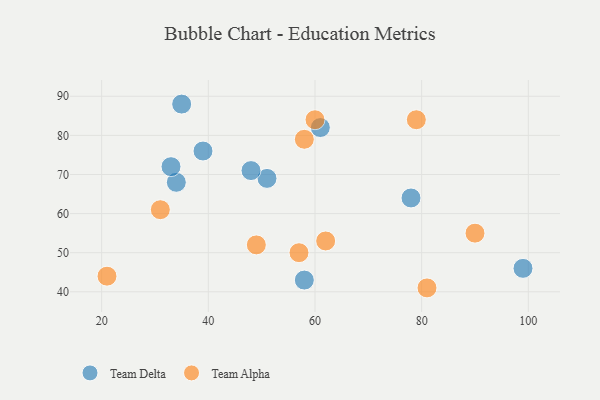
{"axis": {"x": "GDP", "y": "Life Expectancy"}, "legend": ["Team Alpha", "Team Delta"], "data": [{"x": "39", "y": 76, "type": "Team Delta"}, {"x": "34", "y": 68, "type": "Team Delta"}, {"x": "78", "y": 64, "type": "Team Delta"}, {"x": "58", "y": 43, "type": "Team Delta"}, {"x": "51", "y": 69, "type": "Team Delta"}, {"x": "99", "y": 46, "type": "Team Delta"}, {"x": "33", "y": 72, "type": "Team Delta"}, {"x": "35", "y": 88, "type": "Team Delta"}, {"x": "48", "y": 71, "type": "Team Delta"}, {"x": "61", "y": 82, "type": "Team Delta"}, {"x": "79", "y": 84, "type": "Team Alpha"}, {"x": "58", "y": 79, "type": "Team Alpha"}, {"x": "31", "y": 61, "type": "Team Alpha"}, {"x": "90", "y": 55, "type": "Team Alpha"}, {"x": "60", "y": 84, "type": "Team Alpha"}, {"x": "21", "y": 44, "type": "Team Alpha"}, {"x": "49", "y": 52, "type": "Team Alpha"}, {"x": "62", "y": 53, "type": "Team Alpha"}, {"x": "81", "y": 41, "type": "Team Alpha"}, {"x": "57", "y": 50, "type": "Team Alpha"}]}